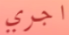
اجري